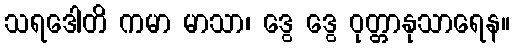
သရဒေါတိ ကမာ မာသာ၊ ဒွေ ဒွေ ဝုတ္တာနုသာရေန။